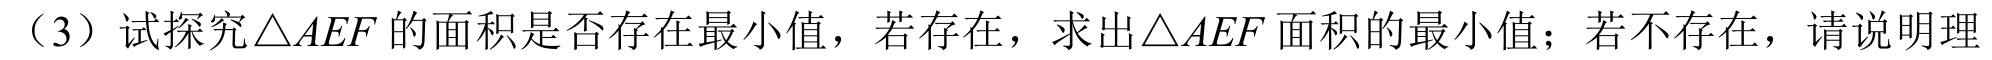
（3）试探究\(\triangle AEF\)的面积是否存在最小值，若存在，求出\(\triangle AEF\)面积的最小值；若不存在，请说明理